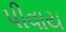
પીવાય